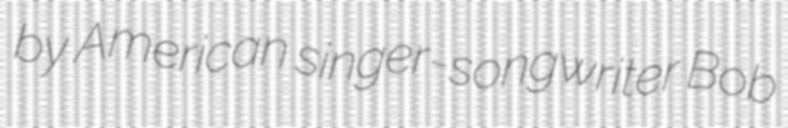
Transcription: by American singer-songwriter Bob